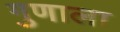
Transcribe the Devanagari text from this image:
गुणाला